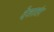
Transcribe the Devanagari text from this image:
देशातंर